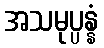
အသမုပ္ပန္နံ